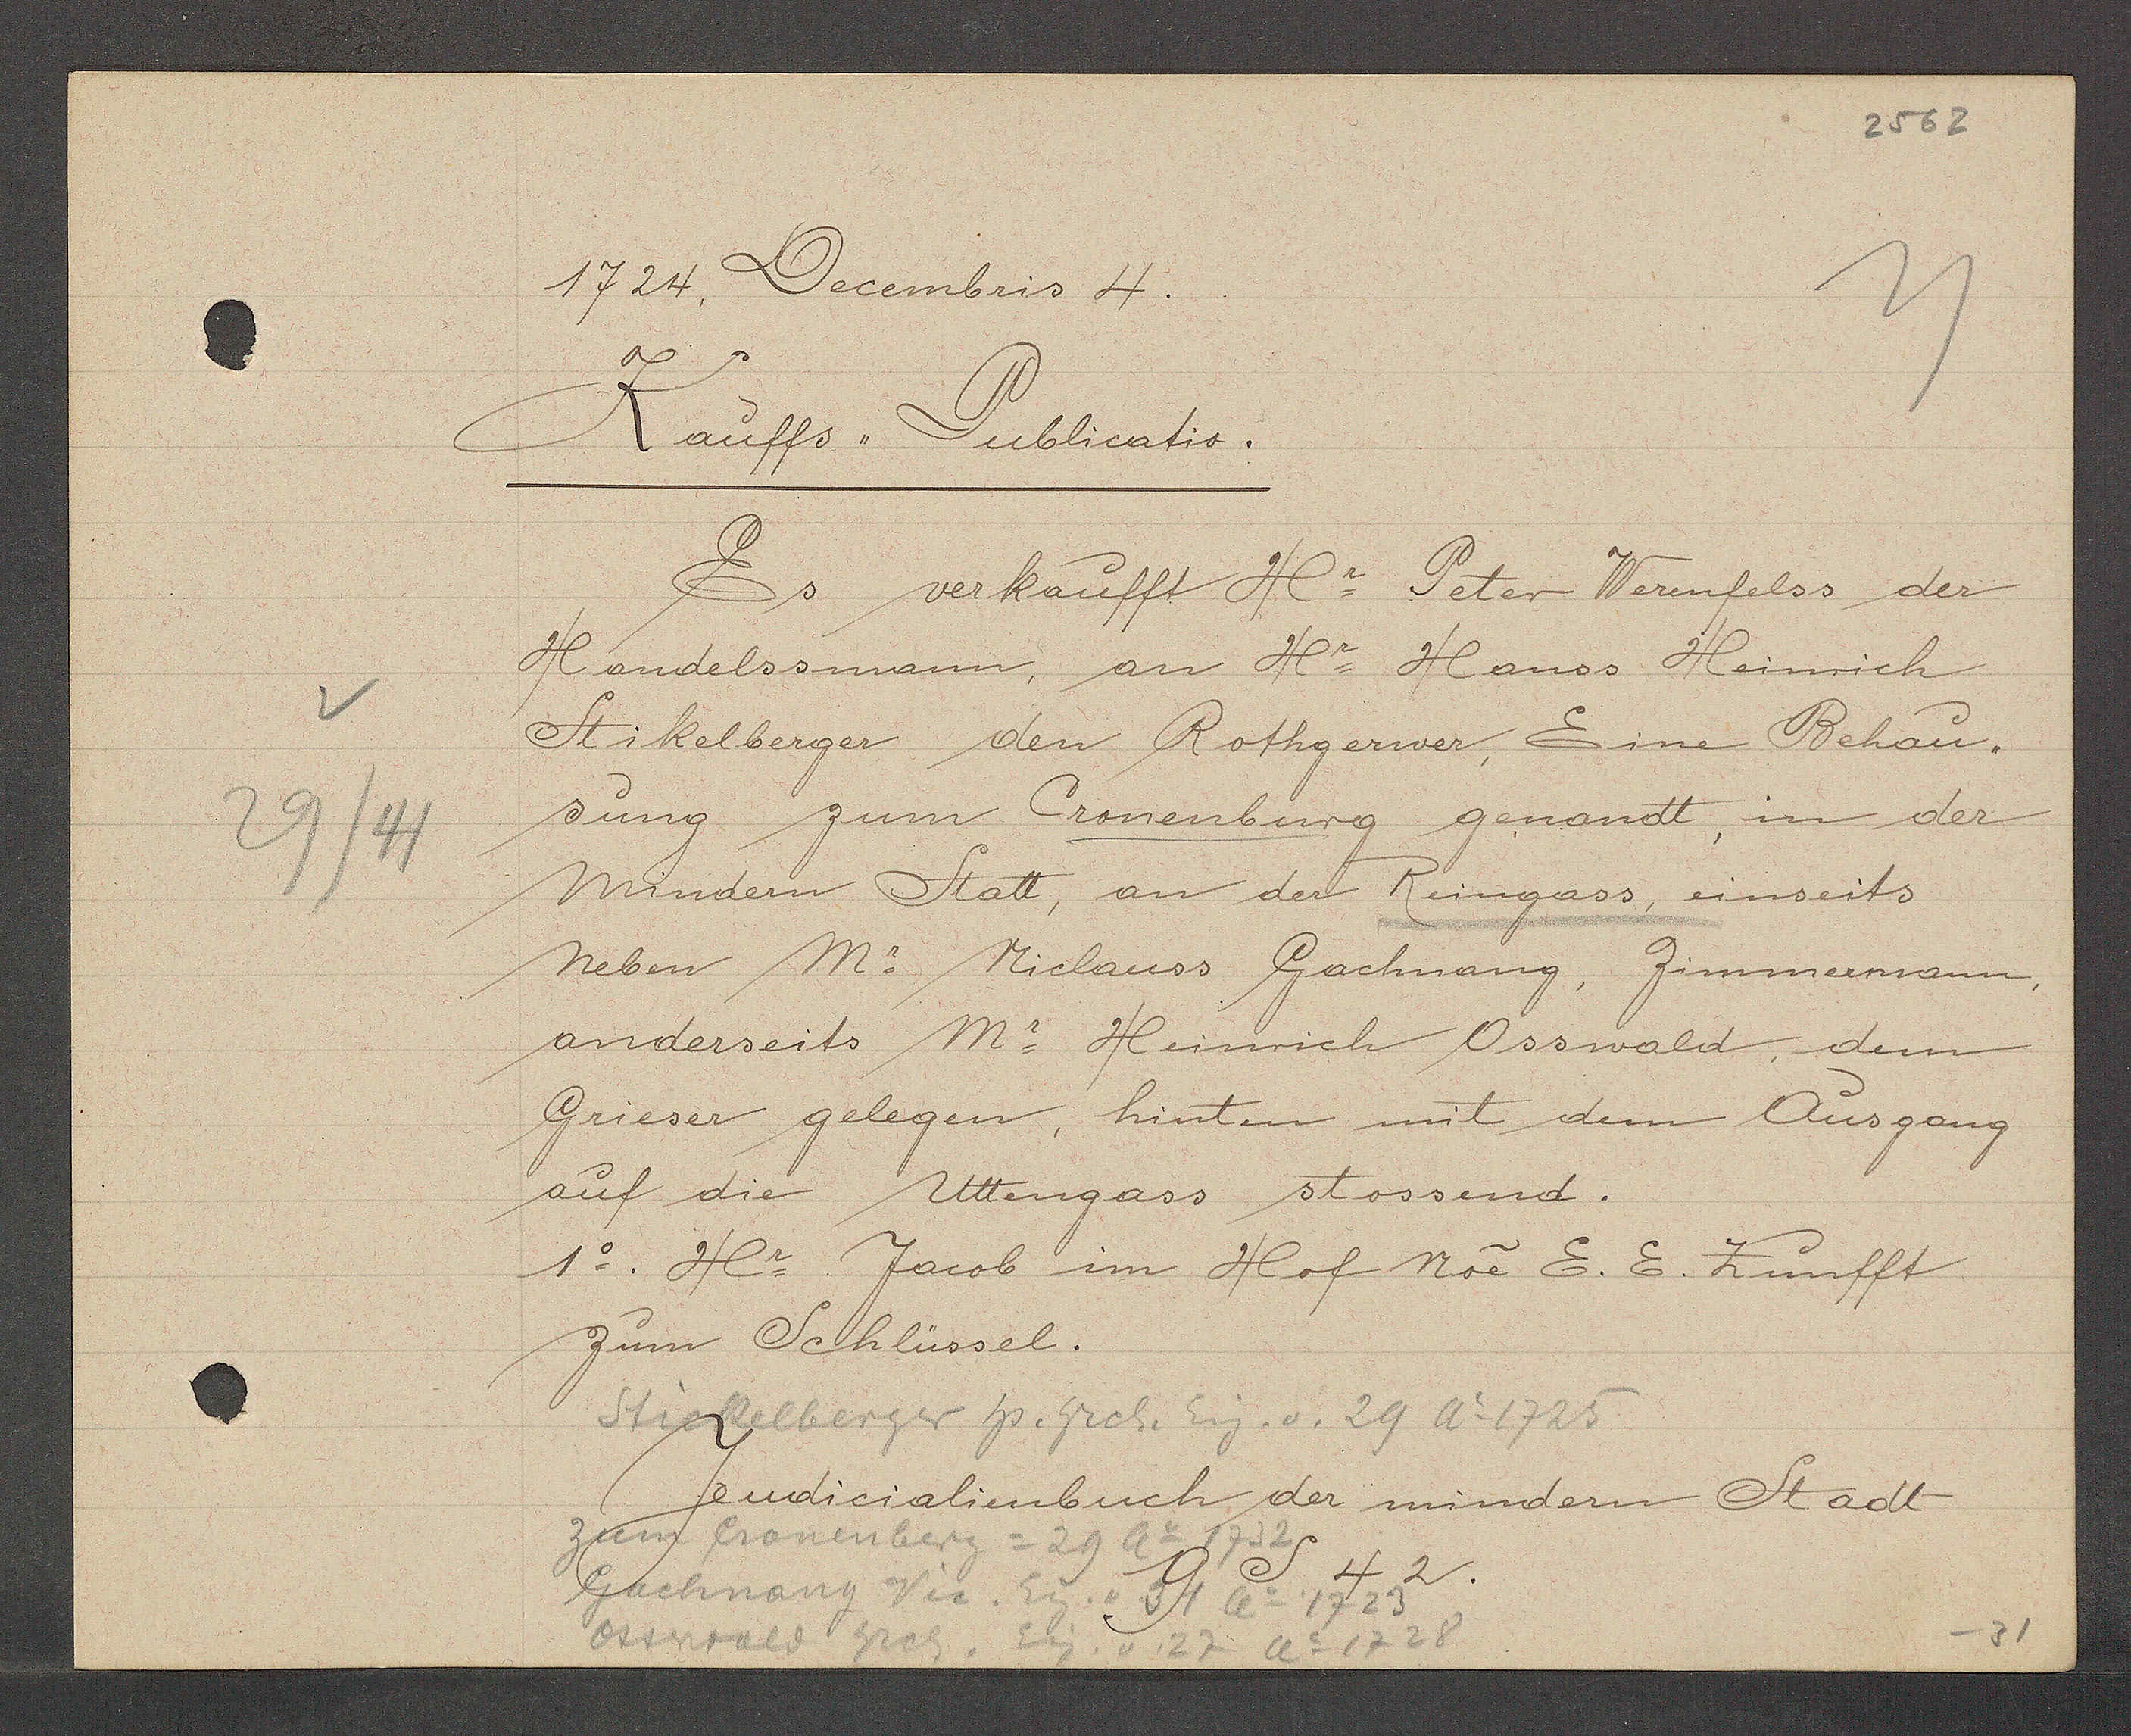
Transcript:
29/44

1724, Decembris 4.

Kauffs Publicatio.
Es verkaufft Hr Peter Werenfelss der
Handelssmann, an Hr Hanss Heinrich
Stikelberger den Rothgerwer, Eine Behau-
sung zum Cronenburg genandt, in der
Mindern Statt, an der Reingass, einseits
neben Mr Niclauss Gachnang, Zimmermann,
anderseits Mr Heinrich Osswald, dem
Grieser gelegen, hinten mit dem Ausgang
auf die Uttengass stossend.
1o. Hr Jacob im Hof Noe E. E. Zunfft
zum Schlüssel.

Stickelberger hs. hrch. Eig. v. 29 Ao 1725

zum Cronenberg = 29 ao 1732
Gachnany Vic. Eig. v 31 ao 1723
Ostwald hrch. Eig. v. 27 ao 1728

Judicialienbuch der mindern Stadt
9 S 42.